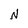
Character: N